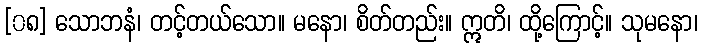
[၀၈] သောဘနံ၊ တင့်တယ်သော။ မနော၊ စိတ်တည်း။ ဣတိ၊ ထို့ကြောင့်။ သုမနော၊